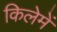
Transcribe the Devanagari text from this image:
किलेमें